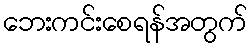
ဘေးကင်းစေရန်အတွက်